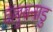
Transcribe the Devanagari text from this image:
वल्लुवनाडु